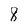
Character: 8